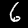
Label: 6